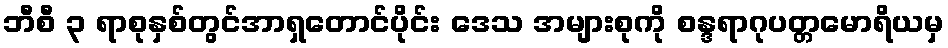
ဘီစီ ၃ ရာစုနှစ်တွင်အာရှတောင်ပိုင်း ဒေသ အများစုကို စန္ဒရာဂုပတ္တမောရိယမှ